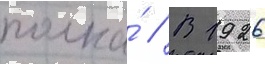
полка́ // В 1926